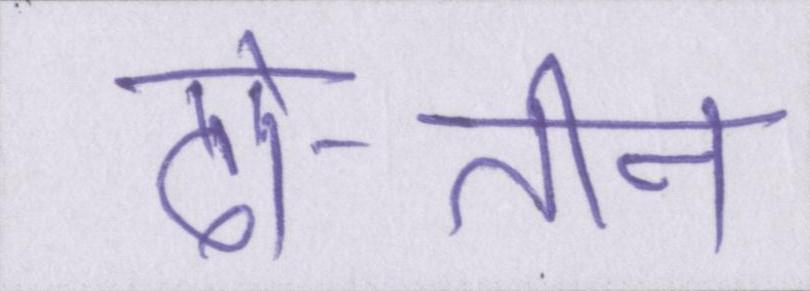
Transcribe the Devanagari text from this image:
दो-तीन